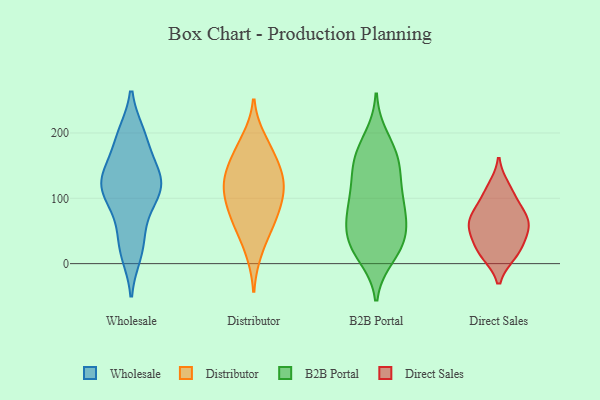
{"axis": {"x": "Humidity (%)", "y": "Value"}, "legend": ["B2B Portal", "Direct Sales", "Distributor", "Wholesale"], "data": [{"x": "", "y": 102, "type": "Wholesale"}, {"x": "", "y": 124, "type": "Wholesale"}, {"x": "", "y": 16, "type": "Wholesale"}, {"x": "", "y": 126, "type": "Wholesale"}, {"x": "", "y": 121, "type": "Wholesale"}, {"x": "", "y": 75, "type": "Wholesale"}, {"x": "", "y": 195, "type": "Wholesale"}, {"x": "", "y": 158, "type": "Wholesale"}, {"x": "", "y": 197, "type": "Wholesale"}, {"x": "", "y": 33, "type": "Wholesale"}, {"x": "", "y": 125, "type": "Wholesale"}, {"x": "", "y": 64, "type": "Distributor"}, {"x": "", "y": 19, "type": "Distributor"}, {"x": "", "y": 75, "type": "Distributor"}, {"x": "", "y": 58, "type": "Distributor"}, {"x": "", "y": 92, "type": "Distributor"}, {"x": "", "y": 174, "type": "Distributor"}, {"x": "", "y": 120, "type": "Distributor"}, {"x": "", "y": 116, "type": "Distributor"}, {"x": "", "y": 159, "type": "Distributor"}, {"x": "", "y": 110, "type": "Distributor"}, {"x": "", "y": 138, "type": "Distributor"}, {"x": "", "y": 189, "type": "Distributor"}, {"x": "", "y": 134, "type": "Distributor"}, {"x": "", "y": 159, "type": "B2B Portal"}, {"x": "", "y": 62, "type": "B2B Portal"}, {"x": "", "y": 56, "type": "B2B Portal"}, {"x": "", "y": 162, "type": "B2B Portal"}, {"x": "", "y": 88, "type": "B2B Portal"}, {"x": "", "y": 145, "type": "B2B Portal"}, {"x": "", "y": 192, "type": "B2B Portal"}, {"x": "", "y": 12, "type": "B2B Portal"}, {"x": "", "y": 27, "type": "B2B Portal"}, {"x": "", "y": 172, "type": "B2B Portal"}, {"x": "", "y": 97, "type": "B2B Portal"}, {"x": "", "y": 32, "type": "B2B Portal"}, {"x": "", "y": 133, "type": "B2B Portal"}, {"x": "", "y": 22, "type": "B2B Portal"}, {"x": "", "y": 88, "type": "B2B Portal"}, {"x": "", "y": 70, "type": "B2B Portal"}, {"x": "", "y": 33, "type": "B2B Portal"}, {"x": "", "y": 115, "type": "B2B Portal"}, {"x": "", "y": 54, "type": "Direct Sales"}, {"x": "", "y": 117, "type": "Direct Sales"}, {"x": "", "y": 101, "type": "Direct Sales"}, {"x": "", "y": 50, "type": "Direct Sales"}, {"x": "", "y": 15, "type": "Direct Sales"}, {"x": "", "y": 63, "type": "Direct Sales"}, {"x": "", "y": 74, "type": "Direct Sales"}, {"x": "", "y": 29, "type": "Direct Sales"}, {"x": "", "y": 74, "type": "Direct Sales"}, {"x": "", "y": 14, "type": "Direct Sales"}]}